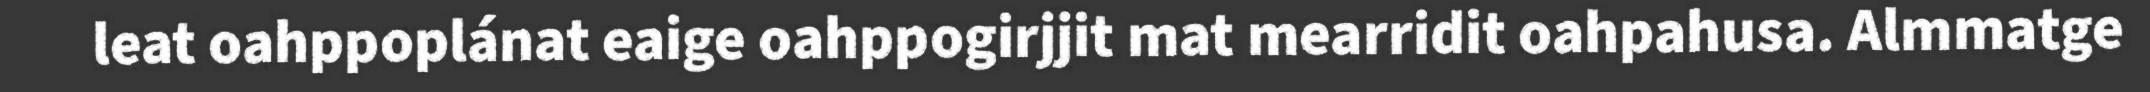
leat oahppoplánat eaige oahppogirjjit mat mearridit oahpahusa. Almmatge